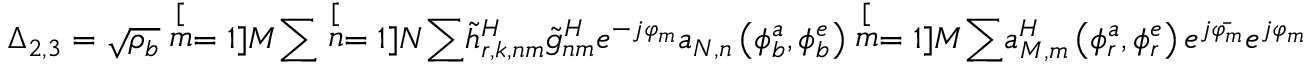
\Delta _ { 2 , 3 } = \sqrt { \rho _ { b } } \stackrel [ m = 1 ] { M } { \sum } \stackrel [ n = 1 ] { N } { \sum } \tilde { h } _ { r , k , n m } ^ { H } \tilde { g } _ { n m } ^ { H } e ^ { - j \varphi _ { m } } a _ { N , n } \left( \phi _ { b } ^ { a } , \phi _ { b } ^ { e } \right) \stackrel [ m = 1 ] { M } { \sum } a _ { M , m } ^ { H } \left( \phi _ { r } ^ { a } , \phi _ { r } ^ { e } \right) e ^ { j \bar { \varphi _ { m } } } e ^ { j \varphi _ { m } }